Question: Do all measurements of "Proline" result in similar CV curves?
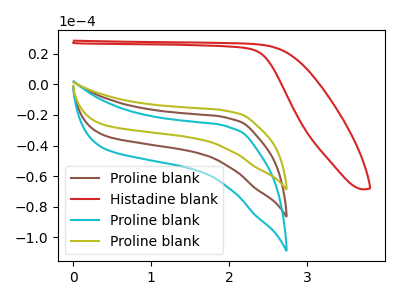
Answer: <think>The brown curve "Proline blank" has no peaks. The red curve "Histadine blank" has no peaks. The cyan curve "Proline blank" has no peaks. The olive curve "Proline blank" has no peaks.
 Neither "Proline blank" or "Histadine blank" have any peaks. Neither "Proline blank" or "Proline blank" have any peaks. Neither "Proline blank" or "Proline blank" have any peaks. Neither "Histadine blank" or "Proline blank" have any peaks. Neither "Histadine blank" or "Proline blank" have any peaks. Neither "Proline blank" or "Proline blank" have any peaks.</think>
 <answer>All the CV's of "Proline" have similar shape.</answer>
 <eval>follow_rule</eval>